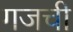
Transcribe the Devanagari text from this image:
गजची